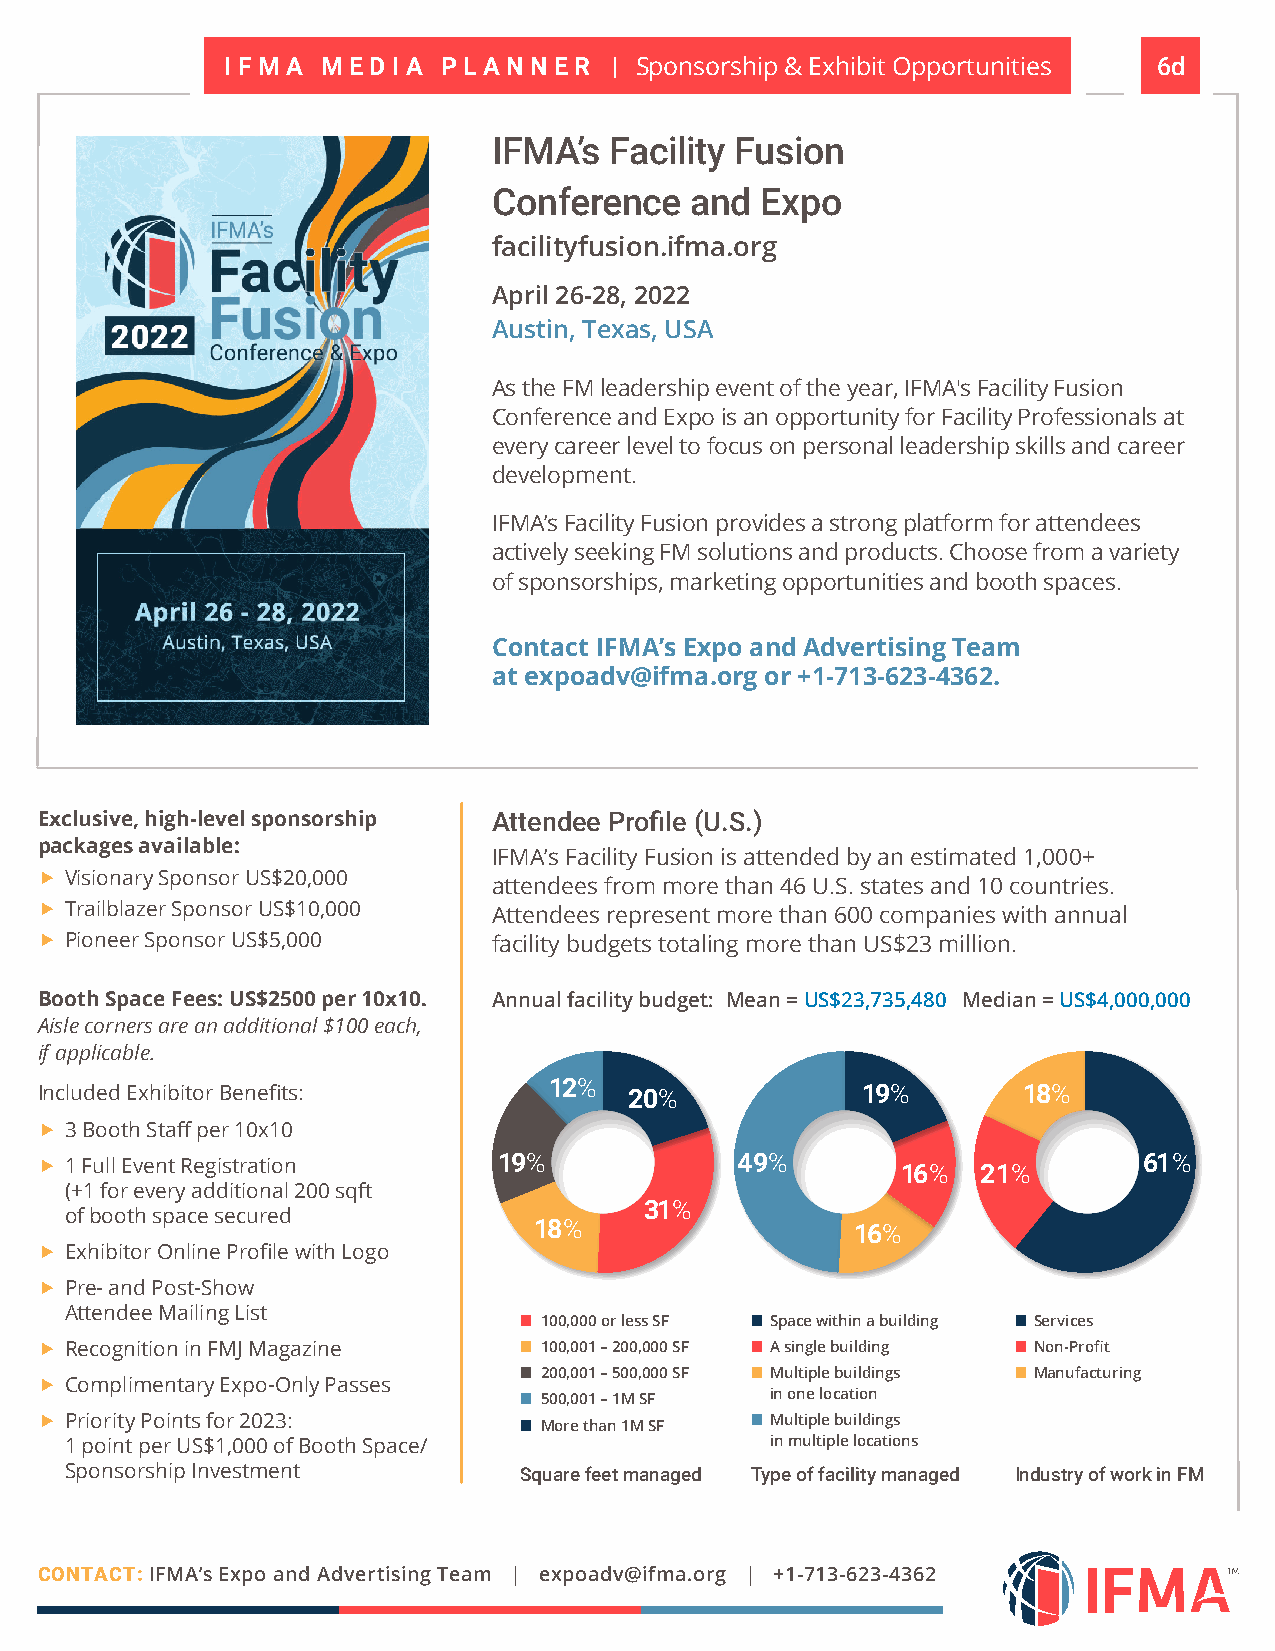
I F M A M E D I A P L A N N E R | Sponsorship & Exhibit Opportunities 6d
 IFMA’s Facility Fusion
 Conference   and Expo
 facilityfusion.ifma.org
 April 26-28, 2022
 Austin, Texas, USA
 As the FM leadership event of the year, IFMA's Facility Fusion
 Conference and Expo is an opportunity for Facility Professionals at
 every career level to focus on personal leadership skills and career
 development.
 IFMA’s Facility Fusion provides a strong platform for attendees
 actively seeking FM solutions and products. Choose from a variety
 of sponsorships, marketing opportunities and booth spaces.
 Contact IFMA’s Expo and Advertising Team
 at expoadv@ifma.org or +1-713-623-4362.
 Exclusive, high-level sponsorship Attendee Profile (U.S.)
 packages available:
 IFMA’s Facility Fusion is attended by an estimated 1,000+
  Visionary Sponsor US$20,000
 attendees from more than 46 U.S. states and 10 countries.
  Trailblazer Sponsor US$10,000 Attendees represent more than 600 companies with annual
  Pioneer Sponsor US$5,000     facility budgets totaling more than US$23 million.
 Booth Space Fees: US$2500 per 10x10. Annual facility budget: Mean = US$23,735,480 Median = US$4,000,000
 Aisle corners are an additional $100 each,
 if applicable.
 12%
 Included Exhibitor Benefits:            20%            19%        18%
  3 Booth Staff per 10x10
  1 Full Event Registration    19%             49%
 16%  21%
 61%
 (+1 for every additional 200 sqft
 31%
 of booth space secured
 18%                   16%
  Exhibitor Online Profile with Logo
  Pre- and Post-Show
 Attendee Mailing List
 ■ 100,000 or less SF ■ Space within a building ■ Services
  Recognition in FMJ Magazine   ■ 100,001 – 200,000 SF ■ A single building ■ Non-Profit
 ■ 200,001 – 500,000 SF ■ Multiple buildings ■ Manufacturing
  Complimentary Expo-Only Passes
 ■ 500,001 – 1M SF in one location
  Priority Points for 2023:     ■ More than 1M SF ■ Multiple buildings
 1 point per US$1,000 of Booth Space/           in multiple locations
 Sponsorship Investment        Square feet managed Type of facility managed Industry of work in FM
 CONTACT: IFMA’s Expo and Advertising Team | expoadv@ifma.org | +1-713-623-4362